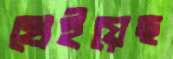
খেইয়েছ